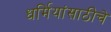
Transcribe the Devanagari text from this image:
धर्मियांसाठीचे